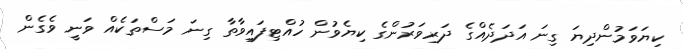
ކިޔަވަމުންދިޔަ ގިނަ އަދަދެއްގެ ދަރިވަރުންގެ ކިޔެވުން ހުއްޓިފައިވާތާ ގިނަ މަސްތަކެއް ވަނީ ވެގެން